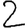
Digit: 2